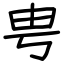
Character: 甹